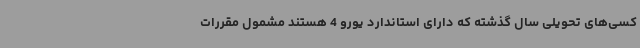
کسی‌های تحویلی سال گذشته که دارای استاندارد یورو 4 هستند مشمول مقررات